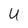
Character: U